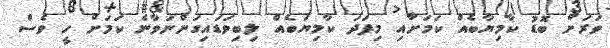
ވަރަށް ބޮޑު ކާމިޔާބެއް ކަމަށާއި މިފަދަ ކާމިޔަބެއް ލިބިވަޑައިގަންނަވާނެ ކަމަށް ހީ ވެސް